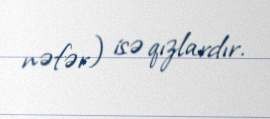
nəfər) isə qızlardır.